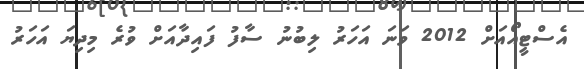
އެސްޓީއޯއަށް 2012 ވަނަ އަހަރު ލިބުނު ސާފު ފައިދާއަށް ވުރެ މިދިޔަ އަހަރު